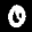
Label: 0